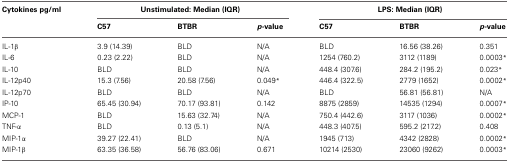
<table><thead><tr><td><b>Cytokines pg/ml</b></td><td colspan="3"><b>Unstimulated: Median (IQR)</b></td><td colspan="3"><b>LPS: Median (IQR)</b></td></tr><tr><td></td><td><b>C57</b></td><td><b>BTBR</b></td><td><b><i>p</i>-value</b></td><td><b>C57</b></td><td><b>BTBR</b></td><td><b><i>p</i>-value</b></td></tr></thead><tbody><tr><td>IL-1β</td><td>3.9 (14.39)</td><td>BLD</td><td>N/A</td><td>BLD</td><td>16.56 (38.26)</td><td>0.351</td></tr><tr><td>IL-6</td><td>0.23 (2.22)</td><td>BLD</td><td>N/A</td><td>1254 (760.2)</td><td>3112 (1189)</td><td>0.0003<sup>*</sup></td></tr><tr><td>IL-10</td><td>BLD</td><td>BLD</td><td>N/A</td><td>448.4 (307.6)</td><td>284.2 (195.2)</td><td>0.023<sup>*</sup></td></tr><tr><td>IL-12p40</td><td>15.3 (7.56)</td><td>20.58 (7.56)</td><td>0.049<sup>*</sup></td><td>446.4 (322.5)</td><td>2779 (1652)</td><td>0.0002<sup>*</sup></td></tr><tr><td>IL-12p70</td><td>BLD</td><td>BLD</td><td>N/A</td><td>BLD</td><td>56.81 (56.81)</td><td>N/A</td></tr><tr><td>IP-10</td><td>65.45 (30.94)</td><td>70.17 (93.81)</td><td>0.142</td><td>8875 (2859)</td><td>14535 (1294)</td><td>0.0007<sup>*</sup></td></tr><tr><td>MCP-1</td><td>BLD</td><td>15.63 (32.74)</td><td>N/A</td><td>750.4 (442.6)</td><td>3117 (1036)</td><td>0.0002<sup>*</sup></td></tr><tr><td>TNF-α</td><td>BLD</td><td>0.13 (5.1)</td><td>N/A</td><td>448.3 (407.5)</td><td>595.2 (217.2)</td><td>0.408</td></tr><tr><td>MIP-1α</td><td>39.27 (22.41)</td><td>BLD</td><td>N/A</td><td>1945 (713)</td><td>4342 (2828)</td><td>0.0002<sup>*</sup></td></tr><tr><td>MIP-1β</td><td>63.35 (36.58)</td><td>56.76 (83.06)</td><td>0.671</td><td>10214 (2530)</td><td>23060 (9262)</td><td>0.0003<sup>*</sup></td></tr></tbody></table>